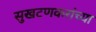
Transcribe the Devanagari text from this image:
सुखटणकरांच्या